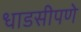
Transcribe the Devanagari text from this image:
धाडसीपणे